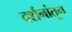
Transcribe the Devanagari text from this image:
दर्शनांतून